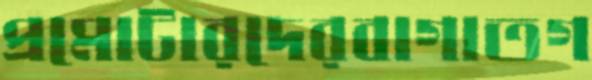
প্রমোটারদেরবাগাতগ